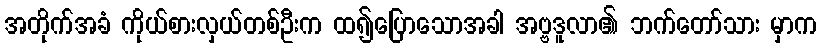
အတိုက်အခံ ကိုယ်စားလှယ်တစ်ဦးက ထ၍ပြောသောအခါ အဗ္ဗဒူလာ၏ ဘက်တော်သား မှာက